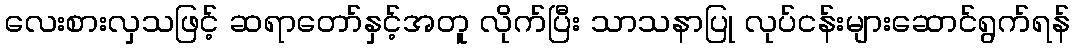
လေးစားလှသဖြင့် ဆရာတော်နှင့်အတူ လိုက်ပြီး သာသနာပြု လုပ်ငန်းများဆောင်ရွက်ရန်